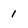
Character: 1